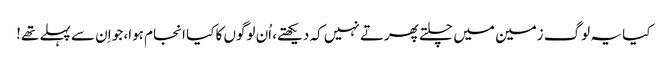
کیا یہ لوگ زمین میں چلتے پھرتے نہیں کہ دیکھتے، اُن لوگوں کا کیا انجام ہوا، جو اِن سے پہلے تھے!